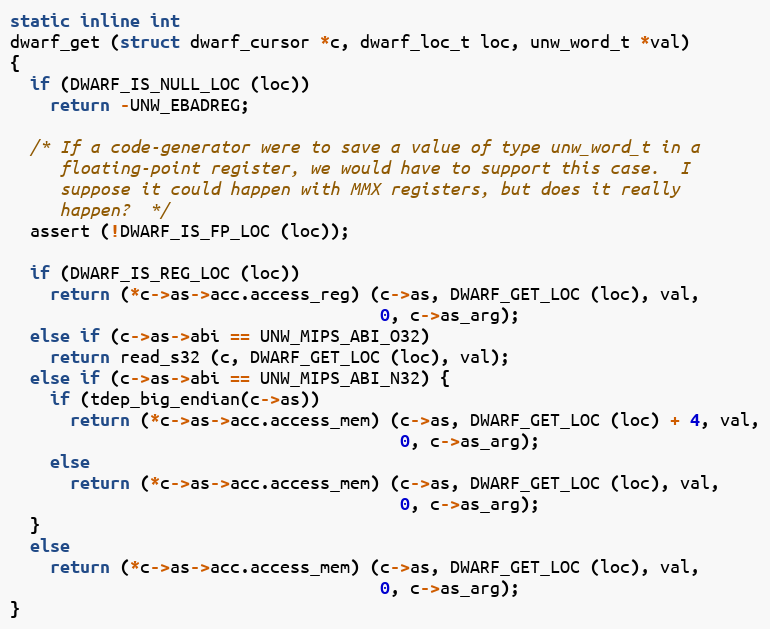
Language: C
static inline int
dwarf_get (struct dwarf_cursor *c, dwarf_loc_t loc, unw_word_t *val)
{
  if (DWARF_IS_NULL_LOC (loc))
    return -UNW_EBADREG;

  /* If a code-generator were to save a value of type unw_word_t in a
     floating-point register, we would have to support this case.  I
     suppose it could happen with MMX registers, but does it really
     happen?  */
  assert (!DWARF_IS_FP_LOC (loc));

  if (DWARF_IS_REG_LOC (loc))
    return (*c->as->acc.access_reg) (c->as, DWARF_GET_LOC (loc), val,
                                     0, c->as_arg);
  else if (c->as->abi == UNW_MIPS_ABI_O32)
    return read_s32 (c, DWARF_GET_LOC (loc), val);
  else if (c->as->abi == UNW_MIPS_ABI_N32) {
    if (tdep_big_endian(c->as))
      return (*c->as->acc.access_mem) (c->as, DWARF_GET_LOC (loc) + 4, val,
                                       0, c->as_arg);
    else
      return (*c->as->acc.access_mem) (c->as, DWARF_GET_LOC (loc), val,
                                       0, c->as_arg);
  }
  else
    return (*c->as->acc.access_mem) (c->as, DWARF_GET_LOC (loc), val,
                                     0, c->as_arg);
}